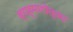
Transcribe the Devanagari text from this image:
ब्राह्मणोत्तम